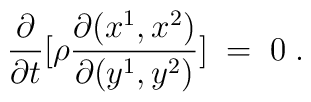
\frac{\partial}{\partial t} [\rho \frac{\partial(x^1,x^2)}{\partial (y^1,y^2)}] \;=\; 0\;.